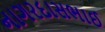
નાગરદાસભાઈ